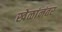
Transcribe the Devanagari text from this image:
खेळांनंतर